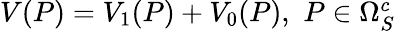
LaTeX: \begin{array}{r}{V(P)=V_{1}(P)+V_{0}(P),\, \, P\in\Omega_{S}^{c}}\end{array}